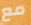
مع